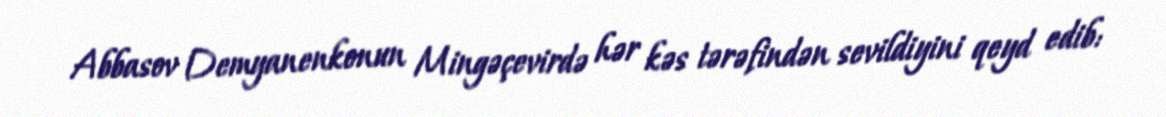
Abbasov Demyanenkonun Mingəçevirdə hər kəs tərəfindən sevildiyini qeyd edib: